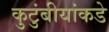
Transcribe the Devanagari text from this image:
कुटुंबीयांकडे